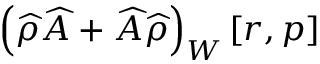
\left( \widehat { \rho } \widehat { A } + \widehat { A } \widehat { \rho } \right) _ { W } [ r , p ]